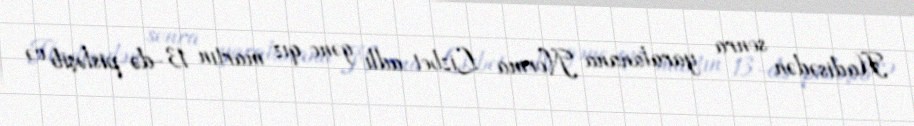
Hadisədən sonra yaralanana Norma Lizbet adlı gənc qız martın 13-də pisləşib və